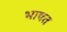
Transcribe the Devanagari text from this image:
भावत